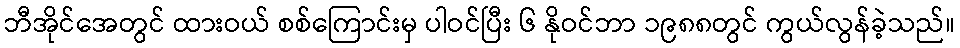
ဘီအိုင်အေတွင် ထားဝယ် စစ်ကြောင်းမှ ပါဝင်ပြီး ၆ နိုဝင်ဘာ ၁၉၈၈တွင် ကွယ်လွန်ခဲ့သည်။